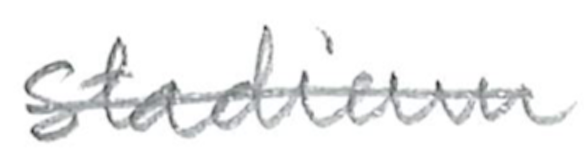
Text: stadium
Cross-out: single-line
Writing tool: pencil